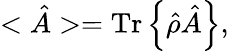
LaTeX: <\hat{A}>=\mathrm{Tr}\left\{ \hat{\rho}\hat{A}\right\} ,